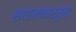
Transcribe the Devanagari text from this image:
स्थानकप्रमुख